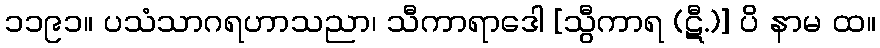
၁၁၉၁။ ပသံသာဂရဟာသညာ၊ သီကာရာဒေါ [သွီကာရ (ဋီ.)] ပိ နာမ ထ။